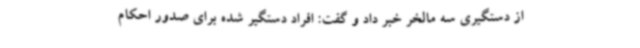
از دستگیری سه مالخر خبر داد و گفت: افراد دستگیر شده برای صدور احکام